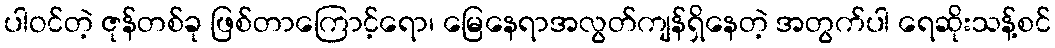
ပါဝင်တဲ့ ဇုန်တစ်ခု ဖြစ်တာကြောင့်ရော၊ မြေနေရာအလွတ်ကျန်ရှိနေတဲ့ အတွက်ပါ ရေဆိုးသန့်စင်